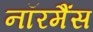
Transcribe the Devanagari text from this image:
नॉरमैंस